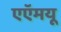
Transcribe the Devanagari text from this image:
एएॅमयू